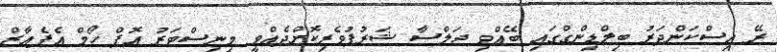
ރޭ އިސްކަންދަރު ބިލްޑިންގްގައި ބޭއްވި ޖަލްސާ ޝަރުފުވެރިކޮށްދެއްވީ މިނިސްޓަރު އޮފް ހޯމް އެފެއާޒް